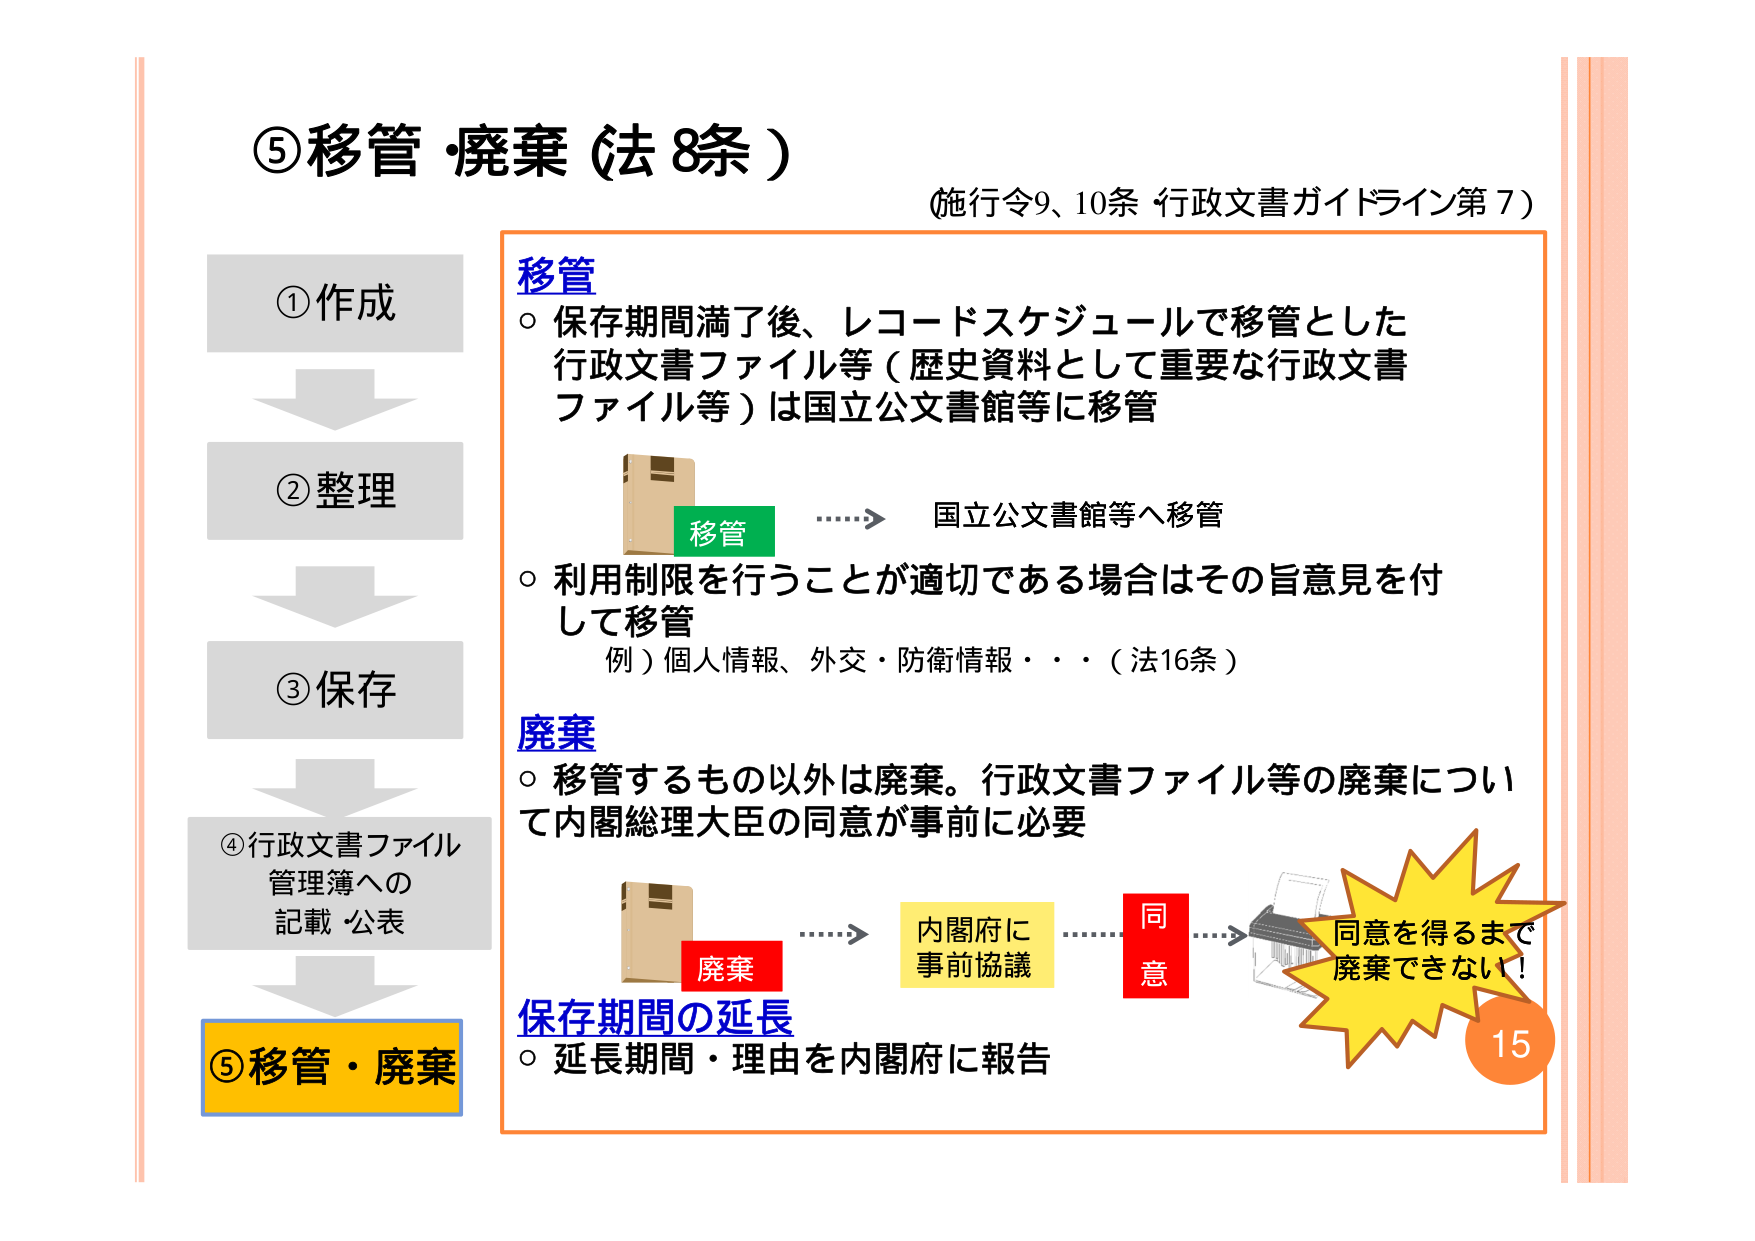
⑤移管・廃棄（法8条）
（施行令9、10条 行政文書ガイドライン第7）

①作成
②整理
③保存
④行政文書ファイル管理簿への記載・公表
⑤移管・廃棄

移管
○ 保存期間満了後、レコードスケジュールで移管とした行政文書ファイル等（歴史資料として重要な行政文書ファイル等）は国立公文書館等に移管
　　→ 国立公文書館等へ移管
○ 利用制限を行うことが適切である場合はその旨意見を付して移管
　　例）個人情報、外交・防衛情報・・・（法16条）

廃棄
○ 移管するもの以外は廃棄。行政文書ファイル等の廃棄について内閣総理大臣の同意が事前に必要
　　→ 内閣府に事前協議 → 同意 → 同意を得るまで廃棄できない！

保存期間の延長
○ 延長期間・理由を内閣府に報告

15